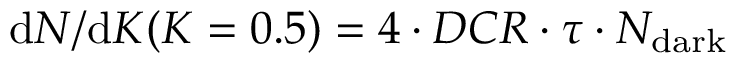
{ \mathrm { d } N } / { \mathrm { d } K } ( K = 0 . 5 ) = 4 \cdot D C R \cdot \tau \cdot N _ { \mathrm { d a r k } }